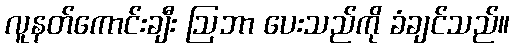
လူနတ်ကောင်းချီး ဩဘာ ပေးသည်ကို ခံချင်သည်။